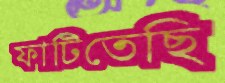
ফাটিতেছি